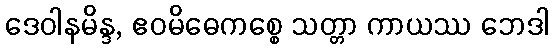
ဒေဝါနမိန္ဒ, ဧဝမိဓေကစ္စေ သတ္တာ ကာယဿ ဘေဒါ